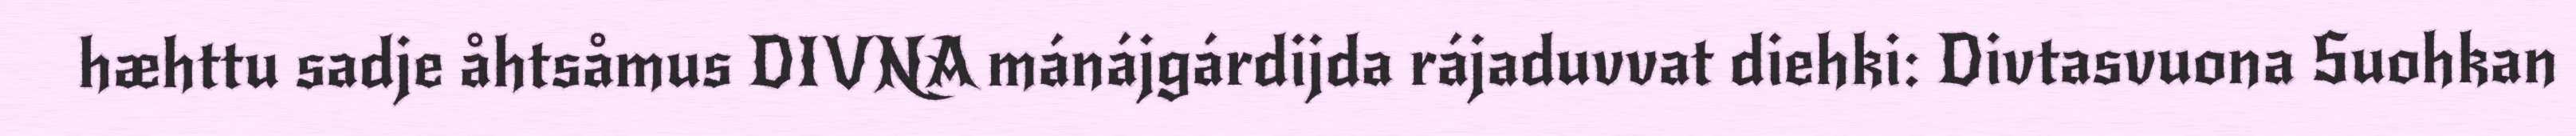
hæhttu sadje åhtsåmus DIVNA mánájgárdijda rájaduvvat diehki: Divtasvuona Suohkan